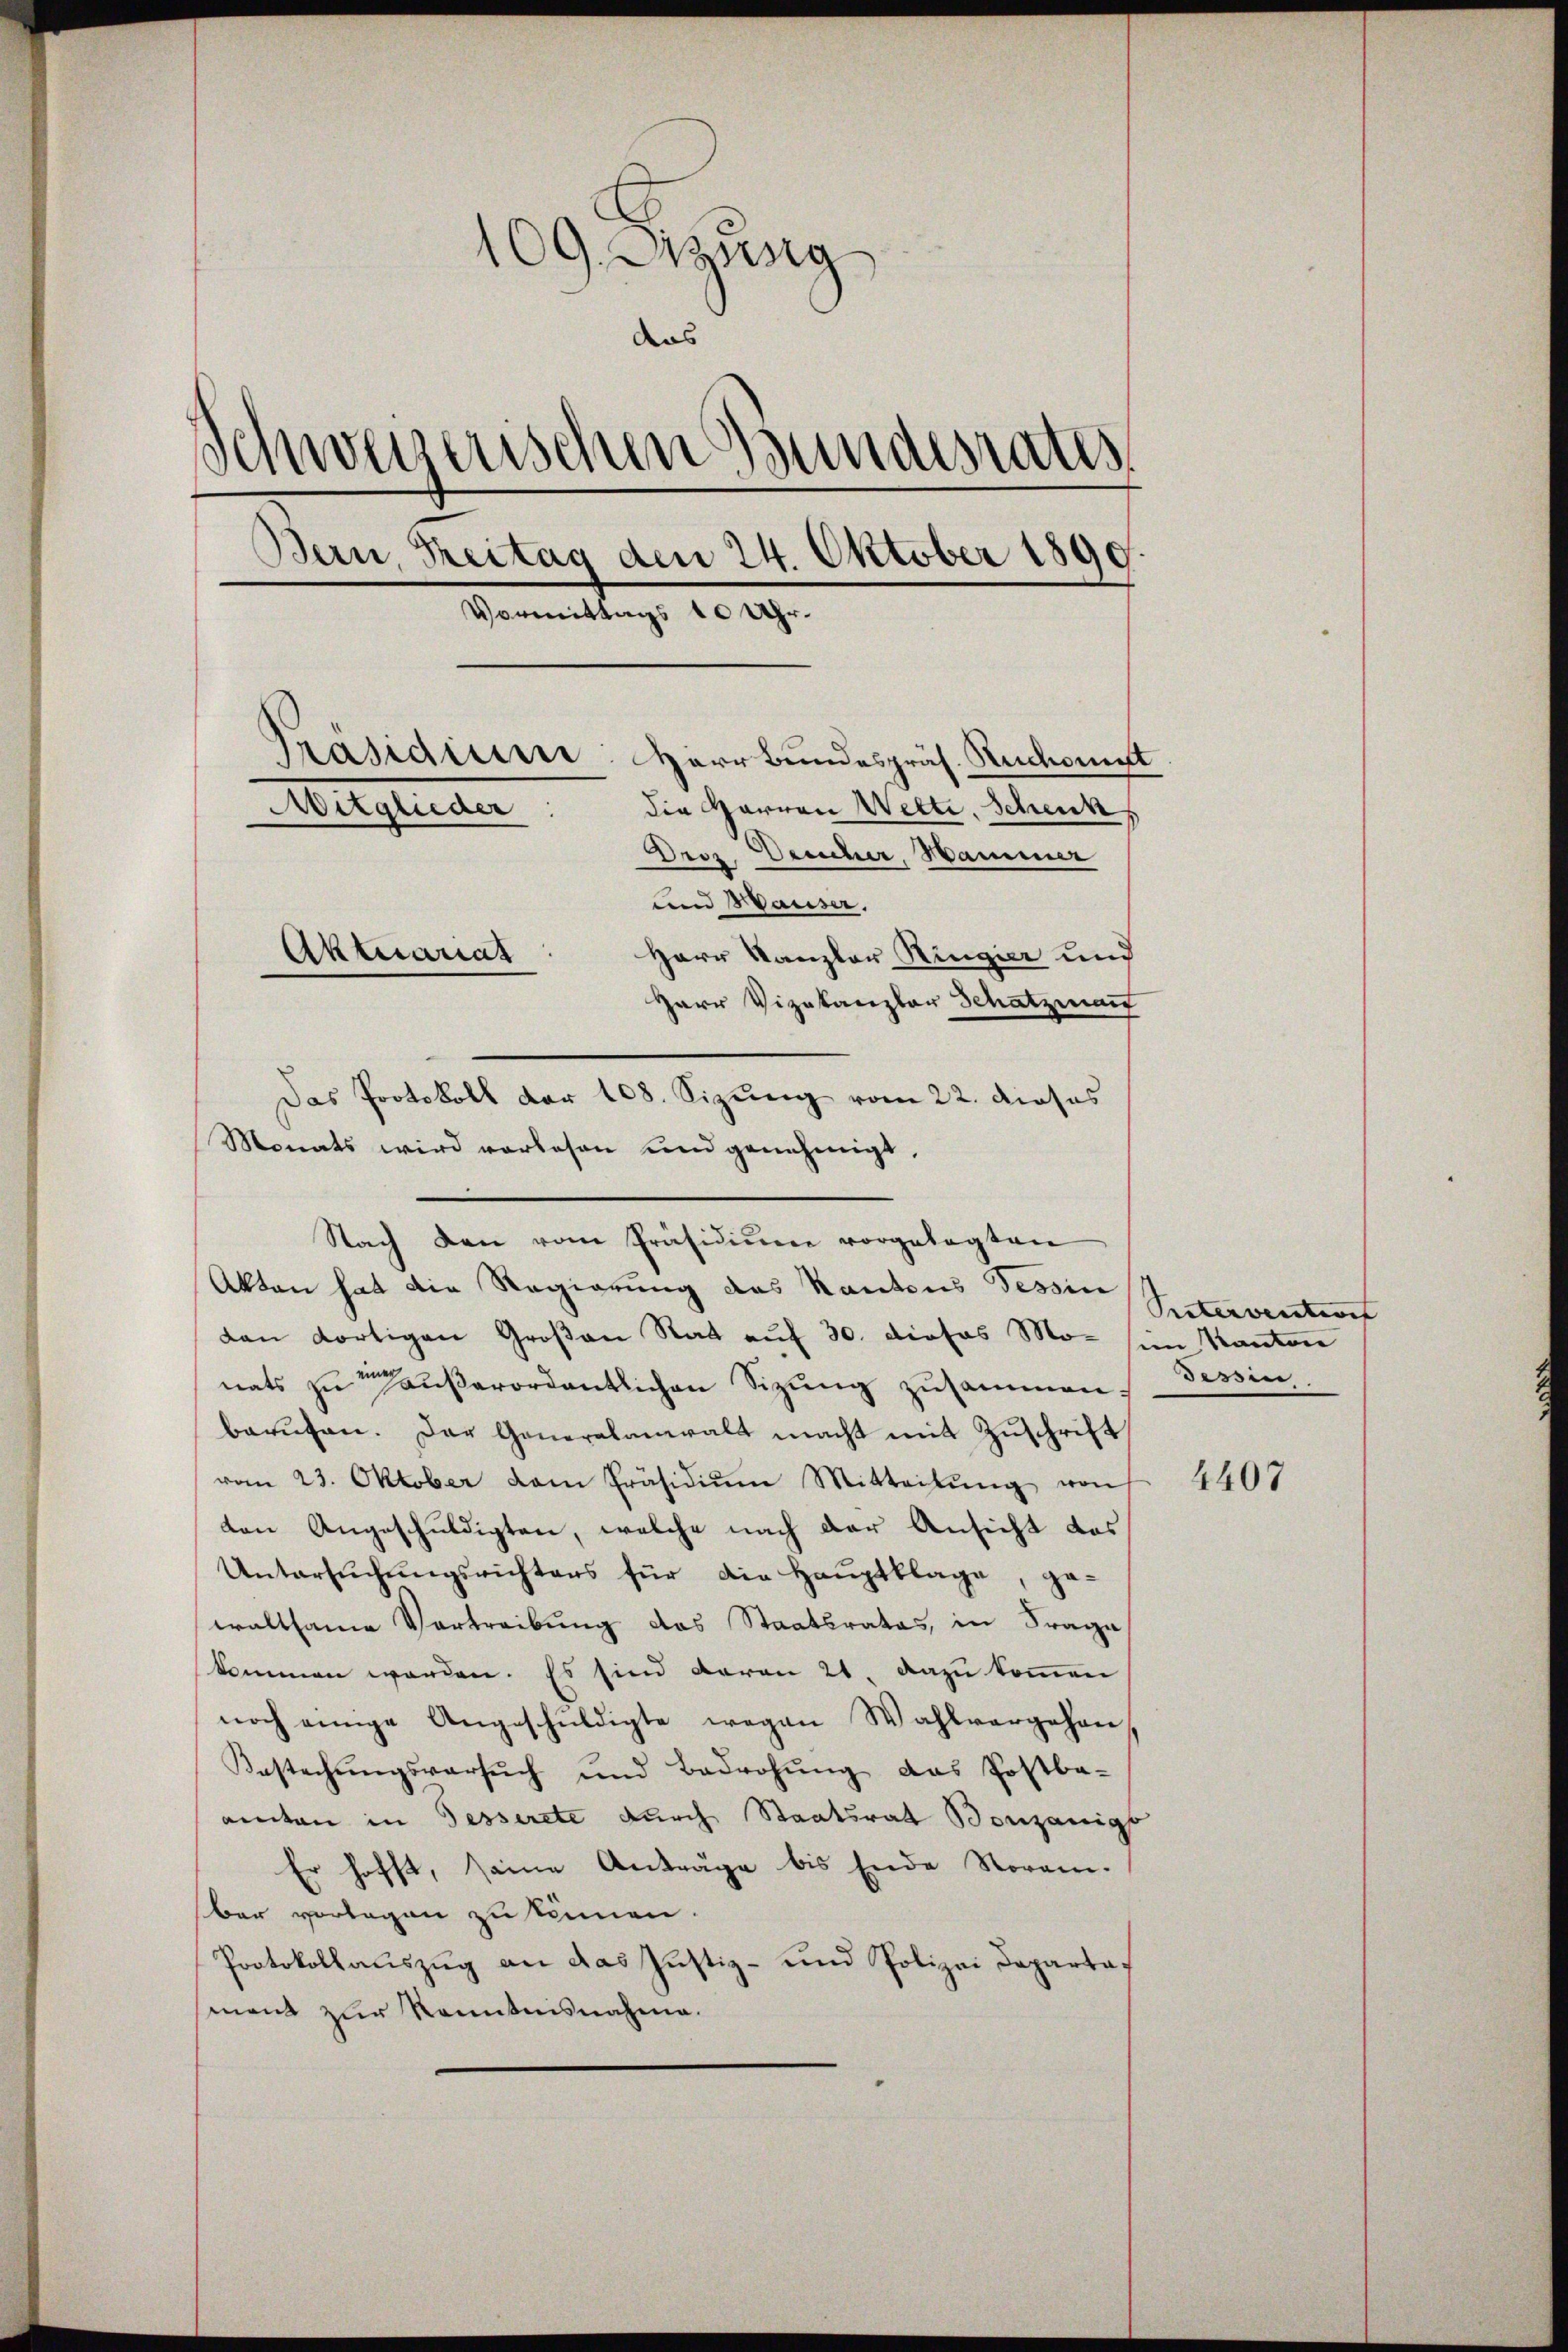
109. Zung
das
Schweizerischen Bundesrates
Bern, Reitag den 24. Oktober 1890.
Vormittags 10 Uhr.
Präsidium: Herr Bundespräs. Ruckomit
die Herren Wette. Schenk
Mitglieder:
Droz. Deucher, Hammer
und Hauser.
Aktuariat
Herr Kanzler Ringier und

Herr Vizekanzler Schatzmann
Monats wird vorlesen und genehmigt,
Nach den vom Präsidiŭm vorgelegten
Akten hat die Regierung des Kantons Tessin
dan dortigen Großen Rat auf 30. dieses Mo- sein Kanton
nats zu außerordentlichen Sizung zusammen.
berŭfen. Der Generalanwalt macht mit Zŭschrift
vom 23. Oktober dem Präsidiŭm Mitteilŭng von
den Angeschuldigten, welche nach der Ansicht das
Untersŭchŭngsrichters für die Haŭptblage, ge-
waltsame Vertreibung das Staatsrates, in Frage
kommen worden. Es sind daran 21. dazu kommen
noch einige Angeschuldigte wegen Wahlvergehen
Bestechŭngsversŭch und Bedrohŭng das Postba-
amten in Gesserete durch Staatsrat Bonzanige
Er hofft, seine Anträge bis Ende Storan-
ber vorlagen zu können.
Protokollauszug an das Justiz- und Polizei Departamant zur Kenntnisnahme.

Das Protokoll der 108. Sizung vom 22. dieses

Seitervention
Tessin

4407